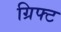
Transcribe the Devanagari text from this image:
ग्रिफ्ट